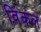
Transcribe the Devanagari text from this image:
विंकल